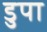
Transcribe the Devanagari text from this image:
डुपा